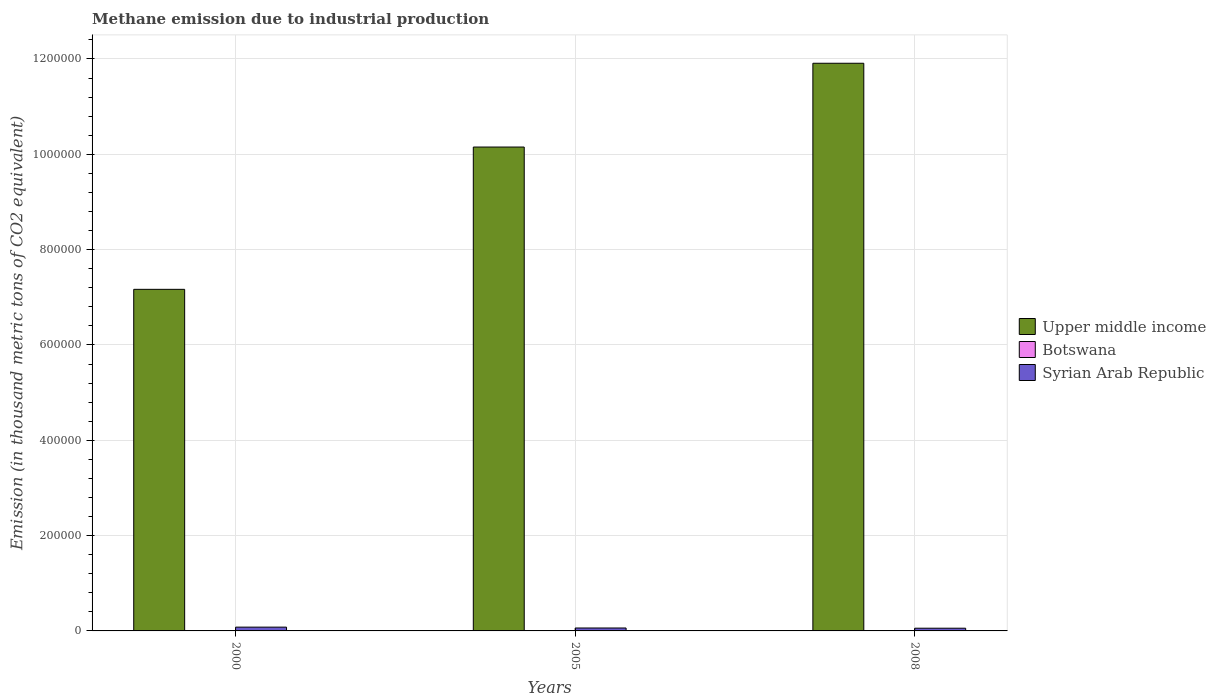
| Years | Upper middle income | Botswana | Syrian Arab Republic |
 | --- | --- | --- | --- |
 | 2000 | 7.17e+05 | 451 | 7.95e+03 |
 | 2005 | 1.02e+06 | 477 | 6.15e+03 |
 | 2008 | 1.19e+06 | 456 | 5.68e+03 |